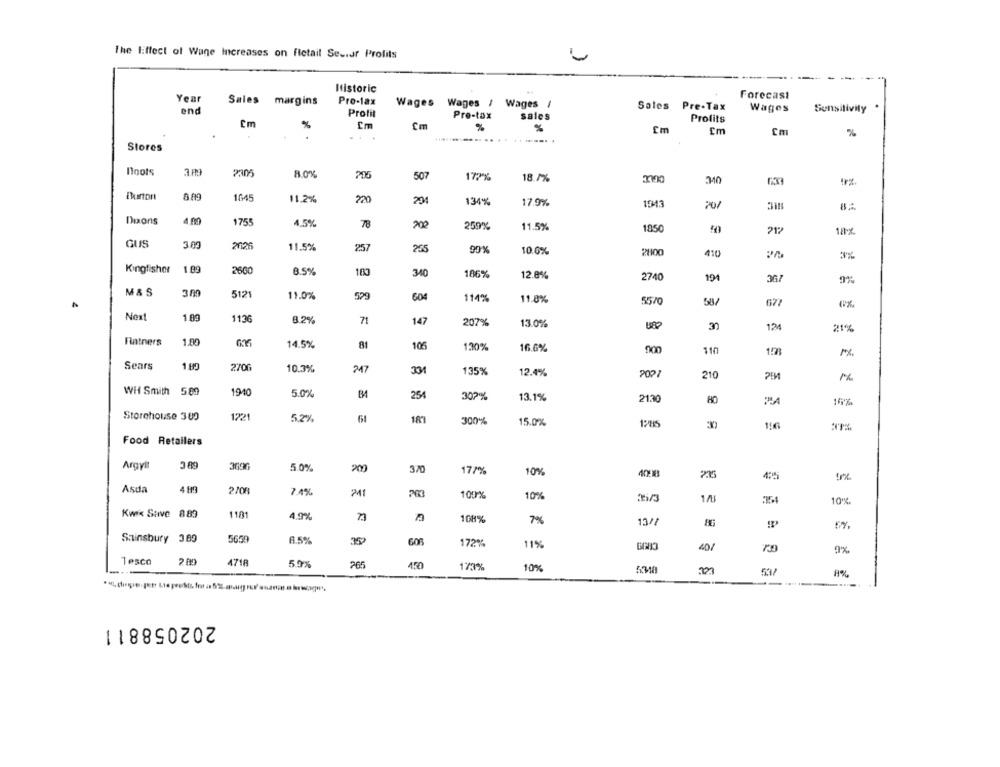
The Effect of Wage Increases on fletail Ses.dr Profits
Historic
Year
Pro-lax
Forecast
Sales margins
Wages Wages / Wages /
Sales Pre-Tax
end
Profil
Pre-tax
sales
Wages
Sensitivity
Cm
Profits
%
Cm
Cm
%
%
Cm
. .
.........
.---. .
Cm
%
Stores
noots
2305
8.0%
507
177%
18.7%
310
Burton
889
1645
11.2%
220
20
134%
17.9%
1043
20/
Dixons
4.00
1755
4.5%
78
259%
11.5%
1850
GUS
3.00
2026
11.5%
257
205
90%
10.0%
2100
410
3%
1.89
Kingfisher
2660
8.5%
340
186%
12.8%
2740
19
M& S
3m
5121
11.0%
529
604
114%
11.8%
55/0
677
Next
1.89
1136
8.2%
71
147
207%
13.0%
32
12
21%
Fiatners
1.00
14.5%
81
105
130%
16.6%
110
1:21
Sears
1 80
270G
247
10.3%
331
135%
12.4%
210
WH Smith 5.00
1940
5.0%
254
302%
13.1%
2130
HO
16%
Storehouse 309
1221
5.2%
61
181
300%
15.0%
Food Retailers
Argylt
3.89
50%
200
370
177%
10%
Asda
4 1
2/08
7.4%
241
100%
10%
10℃
Kwik Save 889
1181
4.9%
108%
7%
Sainsbury 3.89
5659
6.5%
172%
11%
40/
9%
1 esco
4718
5.9%
205
450
173%
10%
5314
202058811